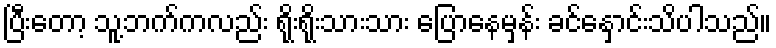
ပြီးတော့ သူ့ဘက်ကလည်း ရိုးရိုးသားသား ပြောနေမှန်း ခင်နှောင်းသိပါသည်။